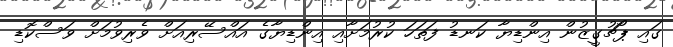
ގައި ޕޯޗުގީޒުން އިންޑިޔާ ކަނޑު ފަތަހަ ކުރުމަށާއި އިންޑިޔާގެ އައްސޭރިއަށް ވެރިވުމަށް ވަސްކޮޑި